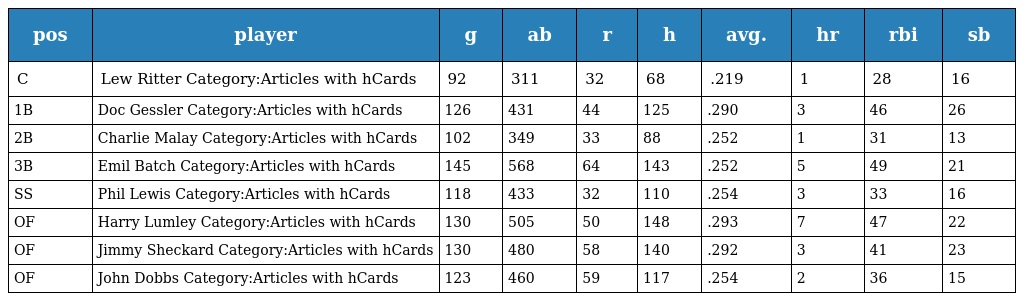
| pos | player | g | ab | r | h | avg. | hr | rbi | sb |
 | --- | --- | --- | --- | --- | --- | --- | --- | --- | --- |
 | C | Lew Ritter Category:Articles with hCards | 92 | 311 | 32 | 68 | .219 | 1 | 28 | 16 |
 | 1B | Doc Gessler Category:Articles with hCards | 126 | 431 | 44 | 125 | .290 | 3 | 46 | 26 |
 | 2B | Charlie Malay Category:Articles with hCards | 102 | 349 | 33 | 88 | .252 | 1 | 31 | 13 |
 | 3B | Emil Batch Category:Articles with hCards | 145 | 568 | 64 | 143 | .252 | 5 | 49 | 21 |
 | SS | Phil Lewis Category:Articles with hCards | 118 | 433 | 32 | 110 | .254 | 3 | 33 | 16 |
 | OF | Harry Lumley Category:Articles with hCards | 130 | 505 | 50 | 148 | .293 | 7 | 47 | 22 |
 | OF | Jimmy Sheckard Category:Articles with hCards | 130 | 480 | 58 | 140 | .292 | 3 | 41 | 23 |
 | OF | John Dobbs Category:Articles with hCards | 123 | 460 | 59 | 117 | .254 | 2 | 36 | 15 |